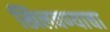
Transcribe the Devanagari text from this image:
खिलवण्याचा